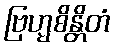
ဗြဟ္မစိန္တိတံ